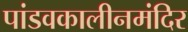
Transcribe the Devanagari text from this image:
पांडवकालीनमंदिर